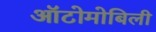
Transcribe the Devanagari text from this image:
ऑटोमोबिली